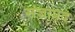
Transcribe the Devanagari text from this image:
संज्ञाप्रद